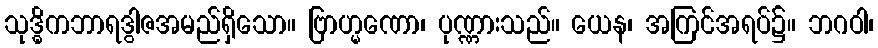
သုဒ္ဓိကဘာရဒွါဇအမည်ရှိသော။ ဗြာဟ္မဏော၊ ပုဏ္ဏားသည်။ ယေန၊ အကြင်အရပ်၌။ ဘဂဝါ၊